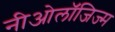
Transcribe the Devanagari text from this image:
नीओलॉजिज्म